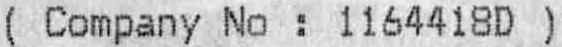
( COMPANY NO : 1164418D )